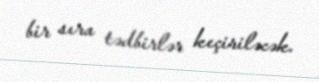
bir sıra tədbirlər keçiriləcək.